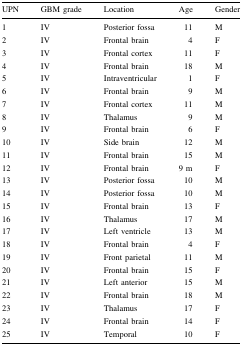
| UPN | GBM grade | Location | Age | Gender |
 | --- | --- | --- | --- | --- |
 | 1 | IV | Posterior fossa | 11 | M |
 | 2 | IV | Frontal brain | 4 | F |
 | 3 | IV | Frontal cortex | 11 | F |
 | 4 | IV | Frontal brain | 18 | M |
 | 5 | IV | Intraventricular | 1 | F |
 | 6 | IV | Frontal brain | 9 | M |
 | 7 | IV | Frontal cortex | 11 | M |
 | 8 | IV | Thalamus | 9 | M |
 | 9 | IV | Frontal brain | 6 | F |
 | 10 | IV | Side brain | 12 | M |
 | 11 | IV | Frontal brain | 15 | M |
 | 12 | IV | Frontal brain | 9 m | F |
 | 13 | IV | Posterior fossa | 10 | M |
 | 14 | IV | Posterior fossa | 10 | M |
 | 15 | IV | Frontal brain | 13 | F |
 | 16 | IV | Thalamus | 17 | M |
 | 17 | IV | Left ventricle | 13 | M |
 | 18 | IV | Frontal brain | 4 | F |
 | 19 | IV | Front parietal | 11 | M |
 | 20 | IV | Frontal brain | 15 | F |
 | 21 | IV | Left anterior | 15 | M |
 | 22 | IV | Frontal brain | 18 | M |
 | 23 | IV | Thalamus | 17 | F |
 | 24 | IV | Frontal brain | 14 | F |
 | 25 | IV | Temporal | 10 | F |